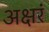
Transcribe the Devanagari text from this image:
अक्षरं